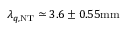
\lambda _ { q , \mathrm { { N T } } } \simeq 3 . 6 \pm 0 . 5 5 \mathrm { { m m } }